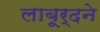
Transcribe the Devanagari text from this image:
लाबूर्दने